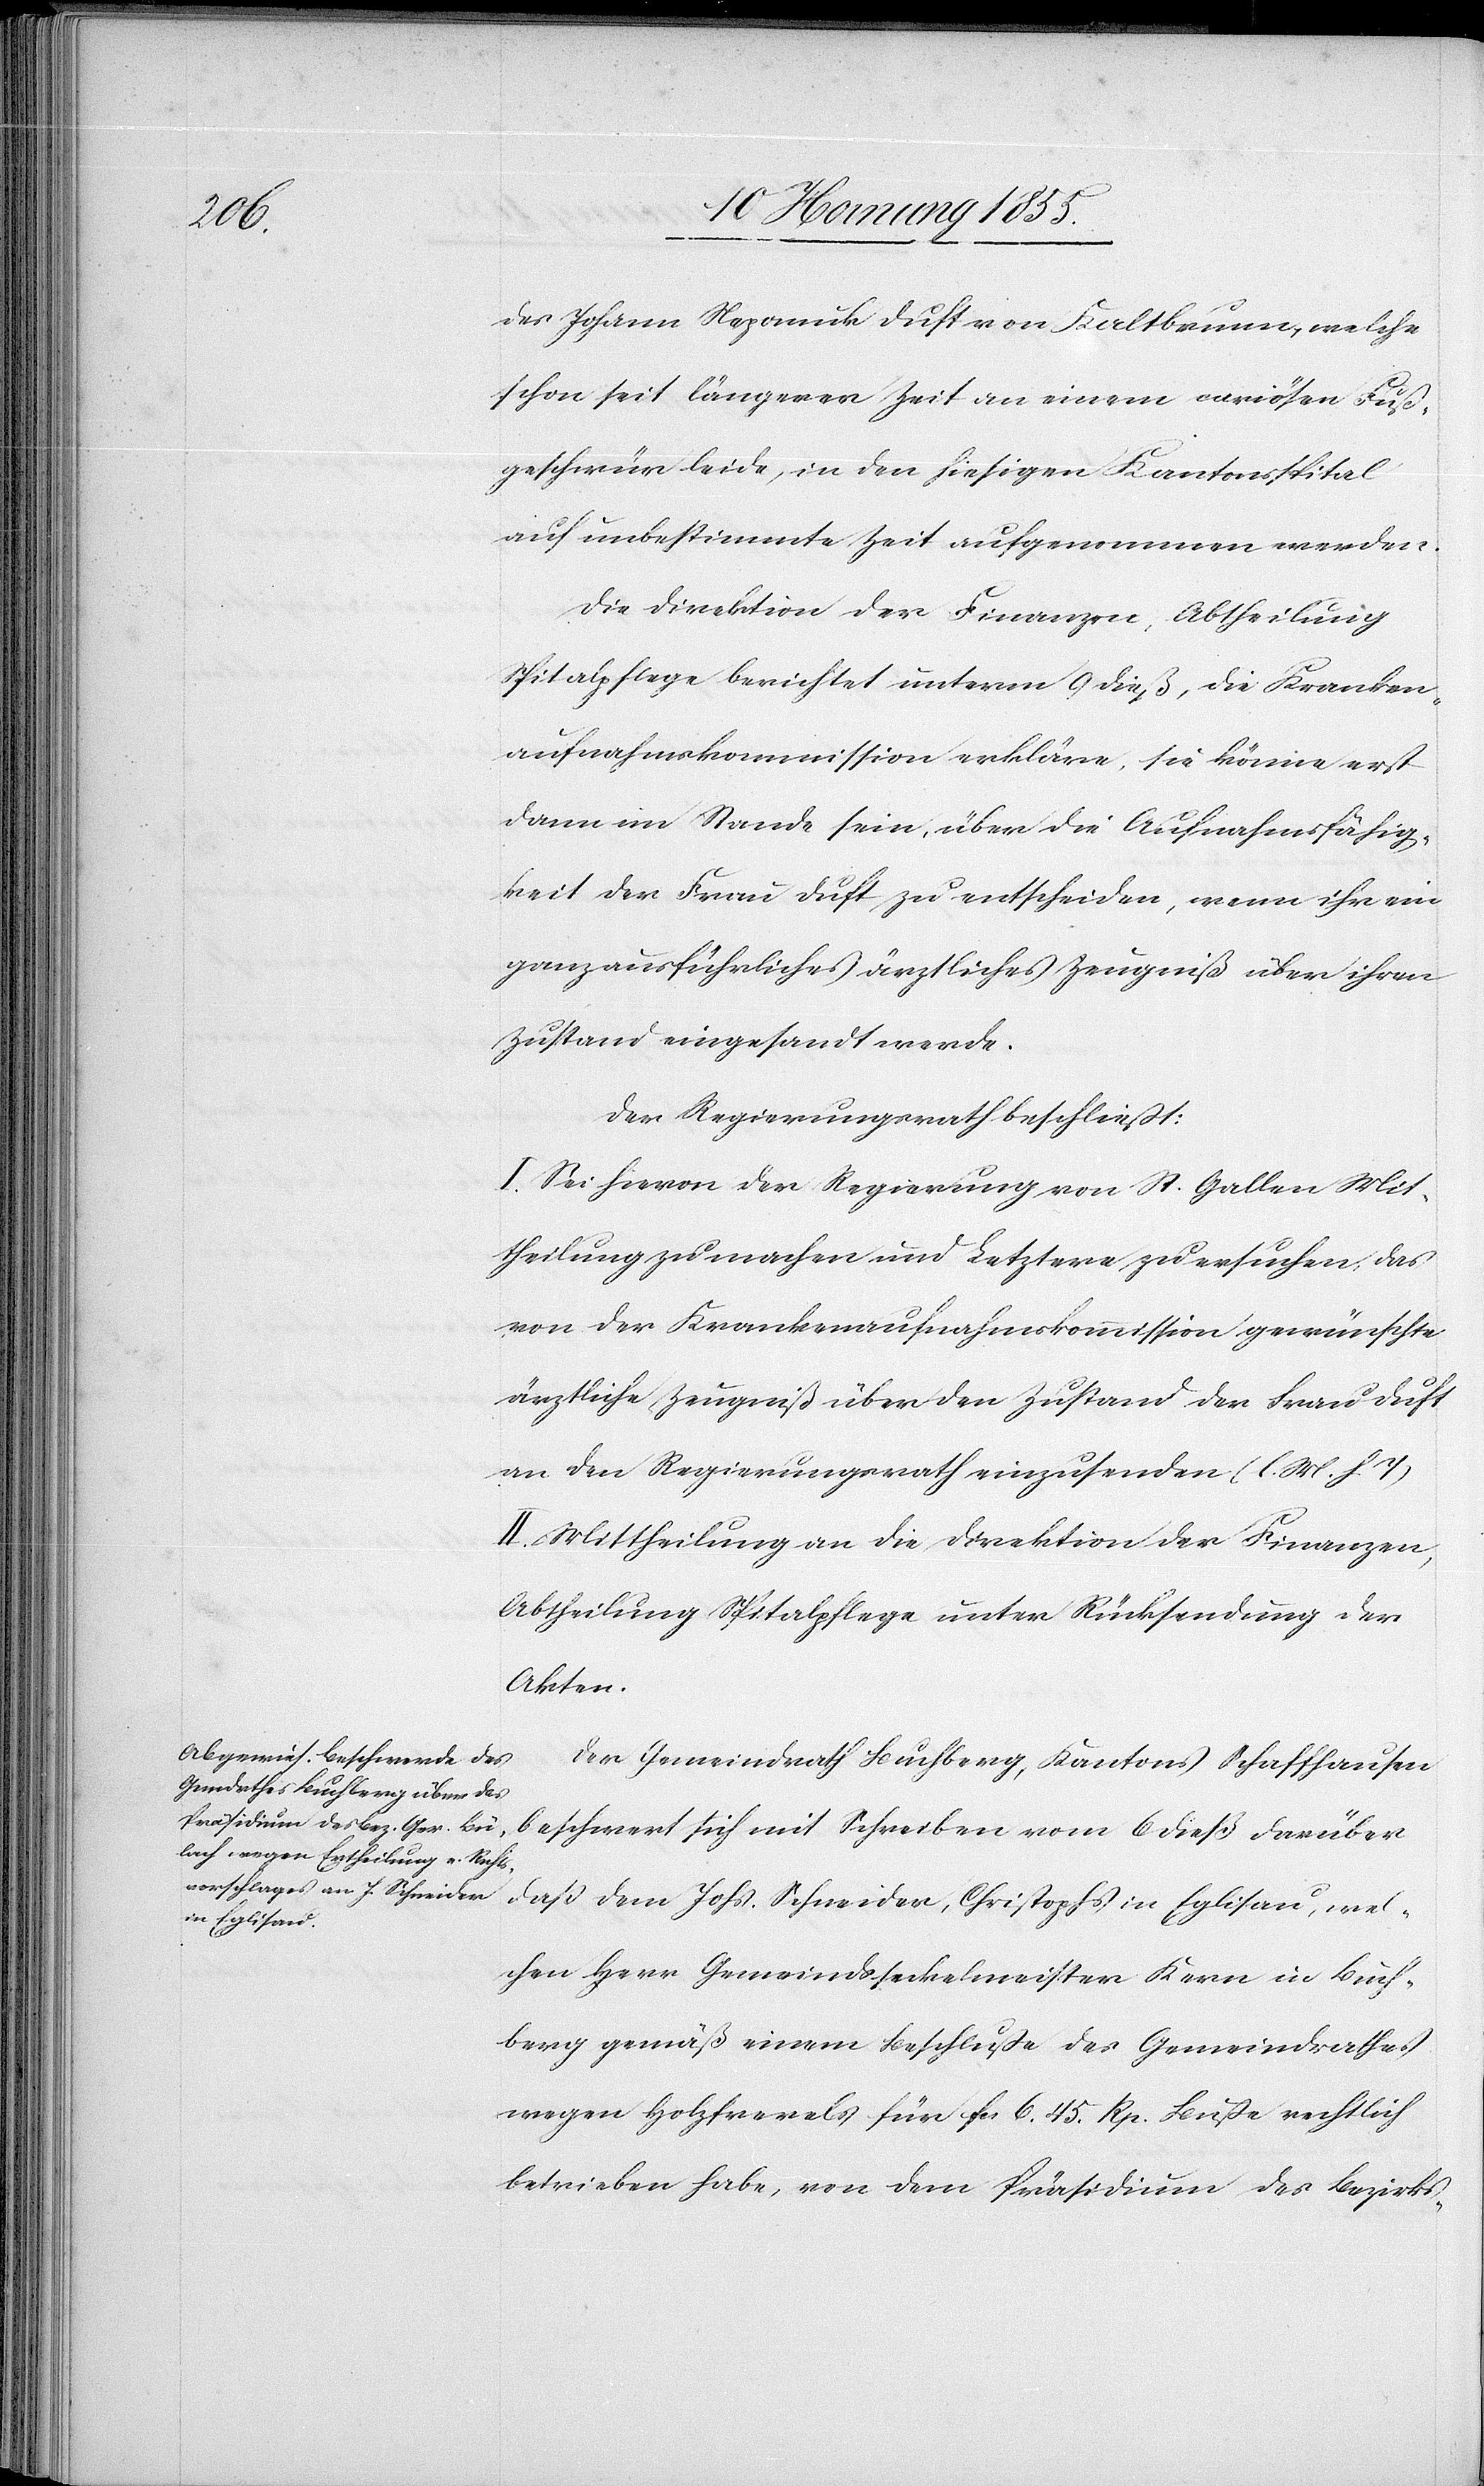
wel¬

des Johann Nepomuk Duft von Kaltbrunn, welche
schon seit längerer Zeit an einem curiösen Fuß¬
geschwür leide, in den hiesigen Kantonsspital
auf unbestimmte Zeit aufgenommen werden.
Die Direktion der Finanzen, Abtheilung
Spitalpflege berichtet unterm 9 dieß, die Kranken¬
aufnahmskommission erkläre, sie könne erst
dann im Stande sein, über die Aufnahmsfähig¬
keit der Frau Duft zu entscheiden, wenn ihr ein
ganz ausführliches ärztliches Zeugniß über ihren
Zustand eingesandt werde.
Der Regierungsrath beschliesst:
I. Sei hievon der Regierung von St. Gallen Mit¬
theilung zu machen und Letztere zu ersuchen, das
von der Krankenaufnahmskommission gewünschte
ärztliche Zeugniß über den Zustand der Frau Duft
an den Regierungsrath einzusenden (l. M. h. T)
II. Mittheilung an die Direktion der Finanzen,
Abtheilung Spitalpflege unter Rücksendung der
Schreiben
Der Gemeindrath Buchberg, Kantons Schaffhausen
in Eglisau,
chen Herr Gemeindsseckelmeister Kern in Buch¬
berg gemäß einem Beschlusse des Gemeindrathes
wegen Holzfrevels für Fcs 6. 45. Rp. Buße rechtlich
betrieben habe, von dem Präsidium des Bezirks-